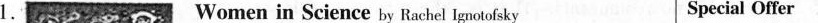
1. Women in Science by Raehe lgnotofsky Special Offer